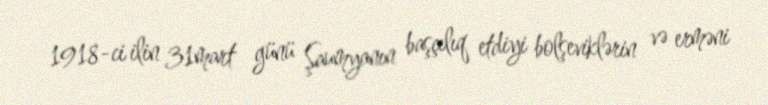
1918-ci ilin 31mart günü Şaumyanın başçılıq etdiyi bolşeviklərin və erməni